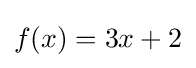
f(x)=3x+2